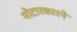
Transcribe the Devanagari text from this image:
मोटारकारने